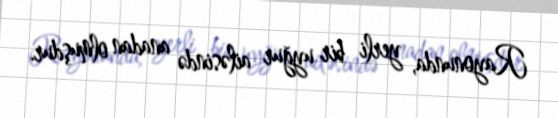
Rayonunda, yerli bir uyğur ailəsində anadan olmuşdur.